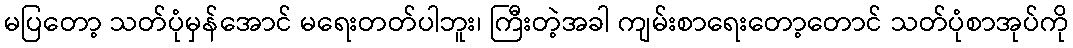
မပြတော့ သတ်ပုံမှန်အောင် မရေးတတ်ပါဘူး၊ ကြီးတဲ့အခါ ကျမ်းစာရေးတော့တောင် သတ်ပုံစာအုပ်ကို